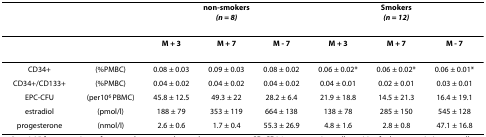
<table><thead><tr><td></td><td></td><td colspan="3"><b>non-smokers<i>(n = 8)</i></b></td><td colspan="3"><b>Smokers<i>(n = 12)</i></b></td></tr></thead><tbody><tr><td></td><td></td><td><b>M + 3</b></td><td><b>M + 7</b></td><td><b>M - 7</b></td><td><b>M + 3</b></td><td><b>M + 7</b></td><td><b>M - 7</b></td></tr><tr><td>CD34+</td><td>(%PMBC)</td><td>0.08 ± 0.03</td><td>0.09 ± 0.03</td><td>0.08 ± 0.02</td><td>0.06 ± 0.02*</td><td>0.06 ± 0.02*</td><td>0.06 ± 0.01*</td></tr><tr><td>CD34+/CD133+</td><td>(%PMBC)</td><td>0.04 ± 0.02</td><td>0.04 ± 0.02</td><td>0.04 ± 0.02</td><td>0.04 ± 0.01</td><td>0.02 ± 0.01</td><td>0.03 ± 0.01</td></tr><tr><td>EPC-CFU</td><td>(per10<sup>6 </sup>PBMC)</td><td>45.8 ± 12.5</td><td>49.3 ± 22</td><td>28.2 ± 6.4</td><td>21.9 ± 18.8</td><td>14.5 ± 21.3</td><td>16.4 ± 19.1</td></tr><tr><td>estradiol</td><td>(pmol/l)</td><td>188 ± 79</td><td>353 ± 119</td><td>664 ± 138</td><td>138 ± 78</td><td>285 ± 150</td><td>545 ± 128</td></tr><tr><td>progesterone</td><td>(nmol/l)</td><td>2.6 ± 0.6</td><td>1.7 ± 0.4</td><td>55.3 ± 26.9</td><td>4.8 ± 1.6</td><td>2.8 ± 0.8</td><td>47.1 ± 16.8</td></tr></tbody></table>